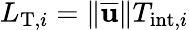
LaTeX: L_{\mathrm{T},i}=\Vert\overline{{\mathbf{u}}}\Vert T_{\mathrm{int},i}